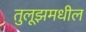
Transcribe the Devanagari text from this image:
तुलूझमधील